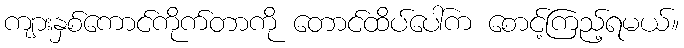
ကျားနှစ်ကောင်ကိုက်တာကို တောင်ထိပ်ပေါ်က စောင့်ကြည့်ရမယ်။